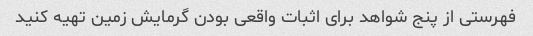
فهرستی از پنج شواهد برای اثبات واقعی بودن گرمایش زمین تهیه کنید